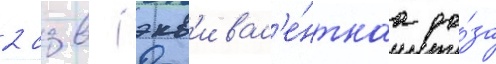
2 сзв (экв'ивал'е́нтнаа до́за